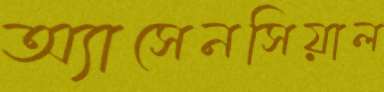
অ্যাসেনসিয়াল